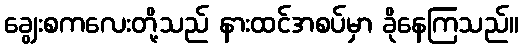
ချွေးစကလေးတို့သည် နားထင်အစပ်မှာ ခိုနေကြသည်။